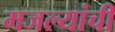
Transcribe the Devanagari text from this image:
मजल्यांची